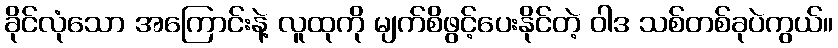
ခိုင်လုံသော အကြောင်းနဲ့ လူထုကို မျက်စိဖွင့်ပေးနိုင်တဲ့ ဝါဒ သစ်တစ်ခုပဲကွယ်။